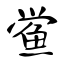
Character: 鲎